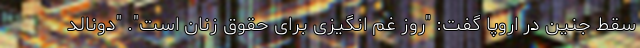
سقط جنین در اروپا گفت: "روز غم انگیزی برای حقوق زنان است". "دونالد